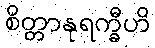
စိတ္တာနုရက္ခီဟိ